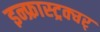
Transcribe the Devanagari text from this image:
इन्फ्रास्ट्रक्चर्